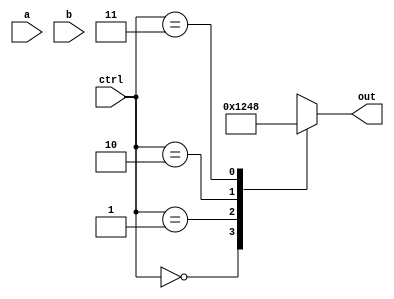
module demux_2to4 (
    input wire a,
    input wire b,
    input wire [1:0] ctrl,
    output reg [3:0] out
);

always @(*) begin
    case(ctrl)
        2'b00: out = 4'b0001; // Route input to output 1
        2'b01: out = 4'b0010; // Route input to output 2
        2'b10: out = 4'b0100; // Route input to output 3
        2'b11: out = 4'b1000; // Route input to output 4
    endcase
end

endmodule